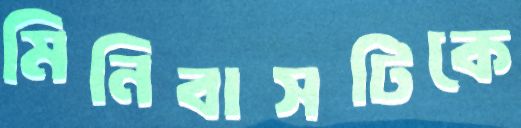
মিনিবাসটিকে